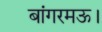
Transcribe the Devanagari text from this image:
बांगरमऊ।